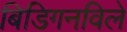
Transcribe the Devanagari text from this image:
बिडिगनविले